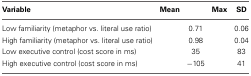
<table><thead><tr><td><b>Variable</b></td><td><b>Mean</b></td><td>[EMPTY_CELL]</td><td><b>Max</b></td><td><b>SD</b></td></tr></thead><tbody><tr><td>Low familiarity (metaphor vs. literal use ratio)</td><td>[EMPTY_CELL]</td><td>0.71</td><td>[EMPTY_CELL]</td><td>0.06</td></tr><tr><td>High familiarity (metaphor vs. literal use ratio)</td><td>[EMPTY_CELL]</td><td>0.98</td><td>[EMPTY_CELL]</td><td>0.04</td></tr><tr><td>Low executive control (cost score in ms)</td><td>[EMPTY_CELL]</td><td>35</td><td>[EMPTY_CELL]</td><td>83</td></tr><tr><td>High executive control (cost score in ms)</td><td>[EMPTY_CELL]</td><td>−105</td><td>[EMPTY_CELL]</td><td>41</td></tr></tbody></table>